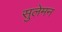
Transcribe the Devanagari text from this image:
सुलेमन